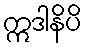
ဣဒါနိပိ